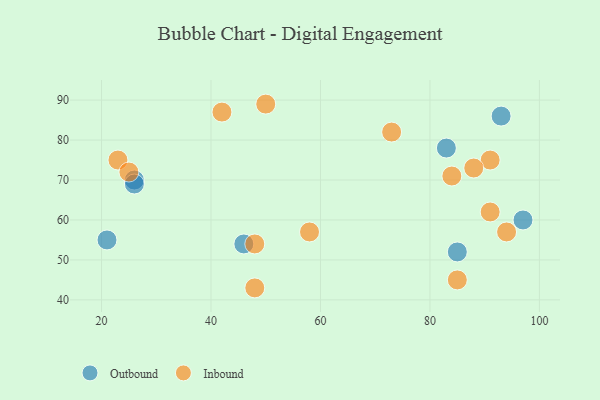
{"axis": {"x": "GDP", "y": "Life Expectancy"}, "legend": ["Inbound", "Outbound"], "data": [{"x": "21", "y": 55, "type": "Outbound"}, {"x": "46", "y": 54, "type": "Outbound"}, {"x": "26", "y": 70, "type": "Outbound"}, {"x": "97", "y": 60, "type": "Outbound"}, {"x": "85", "y": 52, "type": "Outbound"}, {"x": "26", "y": 69, "type": "Outbound"}, {"x": "83", "y": 78, "type": "Outbound"}, {"x": "93", "y": 86, "type": "Outbound"}, {"x": "50", "y": 89, "type": "Inbound"}, {"x": "94", "y": 57, "type": "Inbound"}, {"x": "91", "y": 62, "type": "Inbound"}, {"x": "91", "y": 75, "type": "Inbound"}, {"x": "88", "y": 73, "type": "Inbound"}, {"x": "23", "y": 75, "type": "Inbound"}, {"x": "58", "y": 57, "type": "Inbound"}, {"x": "85", "y": 45, "type": "Inbound"}, {"x": "42", "y": 87, "type": "Inbound"}, {"x": "84", "y": 71, "type": "Inbound"}, {"x": "25", "y": 72, "type": "Inbound"}, {"x": "73", "y": 82, "type": "Inbound"}, {"x": "48", "y": 54, "type": "Inbound"}, {"x": "48", "y": 43, "type": "Inbound"}]}